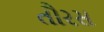
તૌરસ